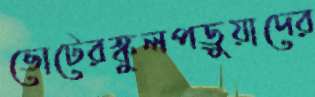
ভোটেরস্কুলপড়ুয়াদের